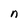
Character: n